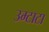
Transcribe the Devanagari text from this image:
उम्टाटा